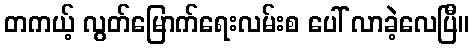
တကယ့် လွတ်မြောက်ရေးလမ်းစ ပေါ် လာခဲ့လေပြီ။